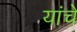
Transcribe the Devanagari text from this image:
यांचेे